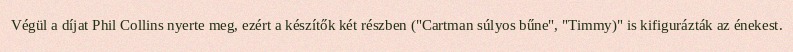
Végül a díjat Phil Collins nyerte meg, ezért a készítők két részben ("Cartman súlyos bűne", "Timmy)" is kifigurázták az énekest.